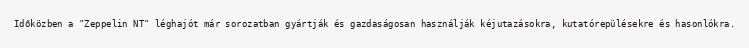
Időközben a "Zeppelin NT" léghajót már sorozatban gyártják és gazdaságosan használják kéjutazásokra, kutatórepülésekre és hasonlókra.